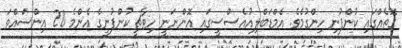
ގޮތެއްގައި ކުންފުނި ހިންގުމެވެ. އެމްޑަބްލިއުއެސްސީގައި އޮންނަނީ ހިޓާޗީ ކުންފުނީގެ އެންމެ 20 އިންސައްތަ